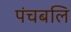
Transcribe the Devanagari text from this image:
पंचबलि